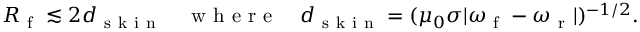
\begin{array} { r } { R _ { \mathrm { ~ f ~ } } \lesssim 2 d _ { \mathrm { ~ s ~ k ~ i ~ n ~ } } \quad \mathrm { ~ w ~ h ~ e ~ r ~ e ~ } \quad d _ { \mathrm { ~ s ~ k ~ i ~ n ~ } } = ( \mu _ { 0 } \sigma | \omega _ { \mathrm { ~ f ~ } } - \omega _ { \mathrm { ~ r ~ } } | ) ^ { - 1 / 2 } . } \end{array}